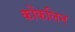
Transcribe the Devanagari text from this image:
कोंकलिन